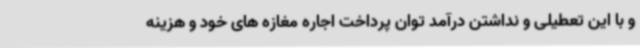
و با این تعطیلی و نداشتن درآمد توان پرداخت اجاره مغازه های خود و هزینه